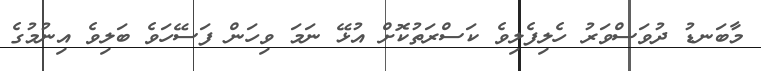
މާބަނޑު ދުވަސްވަރު ހެލިފެލިވެ ކަސްރަތުކޮށް އުޅޭ ނަމަ ވިހަން ފަސޭހަވެ ބަލިވެ އިނުމުގެ